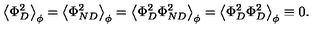
\left\langle \Phi _ { D } ^ { 2 } \right\rangle _ { \phi } = \left\langle \Phi _ { N D } ^ { 2 } \right\rangle _ { \phi } = \left\langle \Phi _ { D } ^ { 2 } \Phi _ { N D } ^ { 2 } \right\rangle _ { \phi } = \left\langle \Phi _ { D } ^ { 2 } \Phi _ { D } ^ { 2 } \right\rangle _ { \phi } \equiv 0 .